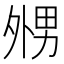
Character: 𡖦